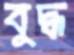
বুদ্ধ